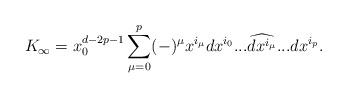
LaTeX: \begin{align*}K_\infty=x_0^{d-2p-1}\sum_{\mu=0}^p (-)^\mu x^{i_\mu} dx^{i_0}... \widehat{dx^{i_\mu}}... dx^{i_p}.\end{align*}